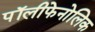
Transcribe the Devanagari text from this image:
पॉलीफेनोलिक